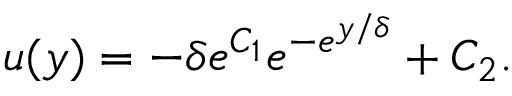
u ( y ) = - \delta e ^ { C _ { 1 } } e ^ { - e ^ { { y } / { \delta } } } + C _ { 2 } .